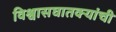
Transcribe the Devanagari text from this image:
विश्वासघातक्यांची